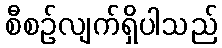
စီစဉ်လျက်ရှိပါသည်